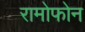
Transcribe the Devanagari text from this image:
रामोफोन